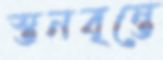
স্তনবৃন্তে